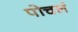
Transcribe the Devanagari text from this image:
पोचलं